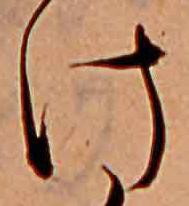
け